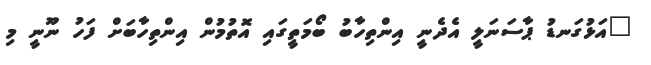
"އަޅުގަނޑު ޕާސަނަލީ އެދެނީ އިންތިހާބު ބޯމަތީގައި އޮތުމުން އިންތިހާބަށް ފަހު ނޫނީ މި